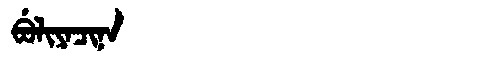
Manchu: ᠪᡠᠯᡳᠶᠠᠴᡳᠨᠠ
Romanization: BULIYACINA